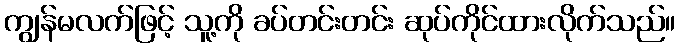
ကျွန်မလက်ဖြင့် သူ့ကို ခပ်တင်းတင်း ဆုပ်ကိုင်ထားလိုက်သည်။